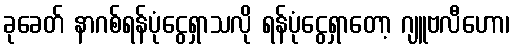
ခုခေတ် နာဂစ်ရန်ပုံငွေရှာသလို ရန်ပုံငွေရှာတော့ ဂျူဗလီဟော၊